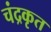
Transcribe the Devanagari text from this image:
चंद्रकृत